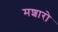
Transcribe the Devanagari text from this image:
मशारो